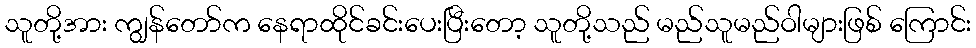
သူတို့အား ကျွန်တော်က နေရာထိုင်ခင်းပေးပြီးတော့ သူတို့သည် မည်သူမည်ဝါများဖြစ် ကြောင်း